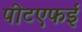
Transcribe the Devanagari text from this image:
पीटएफई